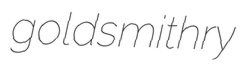
goldsmithry